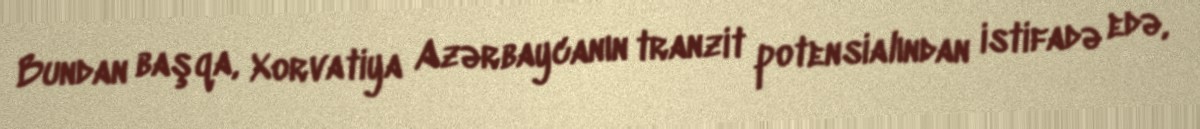
Bundan başqa, Xorvatiya Azərbaycanın tranzit potensialından istifadə edə,